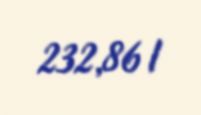
232,86 l